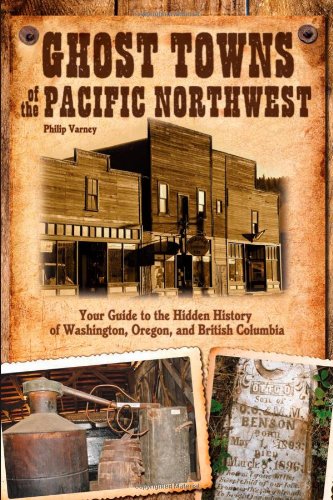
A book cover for Ghost Towns of the Pacific Northwest: Your Guide to the Hidden History of Washington, Oregon, and British Columbia; Philip Varney; History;